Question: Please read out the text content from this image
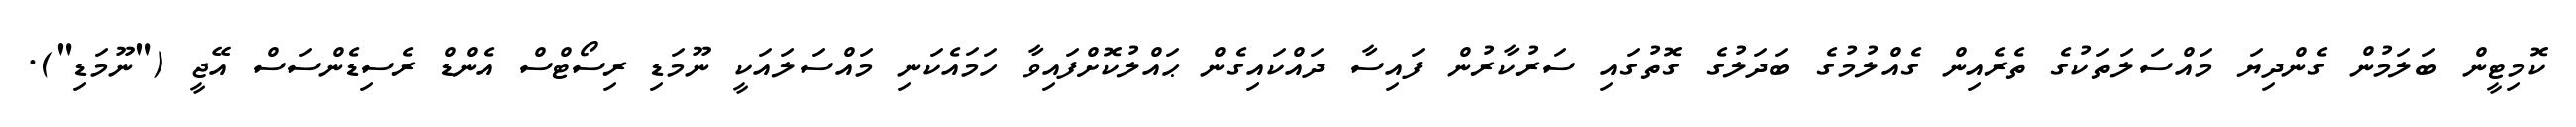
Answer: ކޮމިޓީން ބަލަމުން ގެންދިޔަ މައްސަލަތަކުގެ ތެރެއިން ގެއްލުމުގެ ބަދަލުގެ ގޮތުގައި ސަރުކާރުން ފައިސާ ދައްކައިގެން ޙައްލުކޮށްފައިވާ ހަމައެކަނި މައްސަލައަކީ ނޫމަޑި ރިސޯޓްސް އެންޑް ރެސިޑެންސަސް އޭޖީ ("ނޫމަޑި").